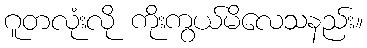
ဂူတလုံးလို ကိုးကွယ်မိလေသနည်း။